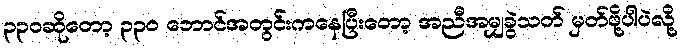
၃၃၀ဆိုတော့ ၃၃၀ ဘောင်အတွင်းကနေပြီးတော့ အညီအမျှခွဲသတ် မှတ်ဖို့ပါပဲလို့